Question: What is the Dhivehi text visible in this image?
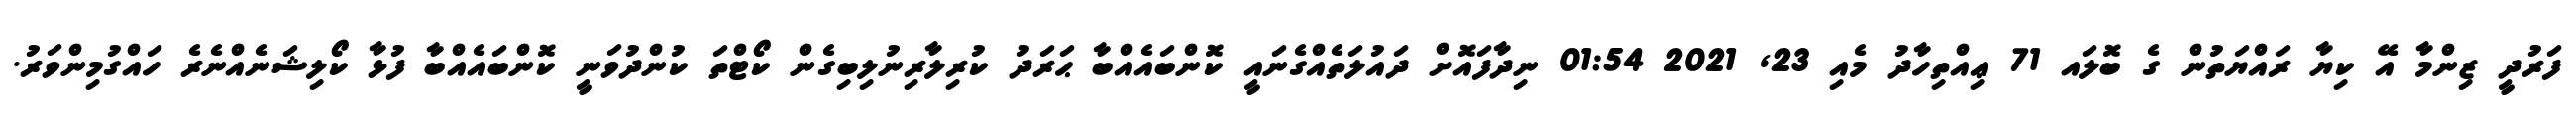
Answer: ފަރުދީ ޒިންމާ އޭ ކިޔާ ރައްޔަތުން ގެ ބޮލައ 71 ޢިއްތިހާދު މެއި 23, 2021 01:54 ނިދާފައޮށް ދައުލަތެއްގެނައީ ކޮންބައެއްބާ ޙަރަދު ކުރިލާރިނުލިބިގެން ކޯޓްތަ ކުންދުވަނީ ކޮންބައެއްބާ ފުޅާ ކޯލިޝަނެއްނެރެ ހައްގުމިންވަރު.